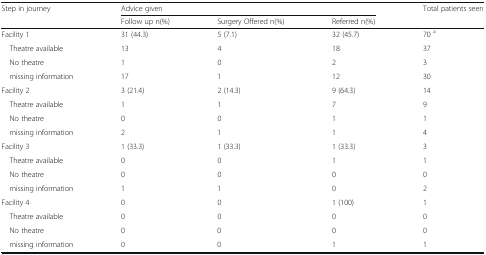
<table><thead><tr><td rowspan="2"><b>Step in journey</b></td><td colspan="3"><b>Advice given</b></td><td><b>Total patients seen</b></td></tr><tr><td><b>Follow up n(%)</b></td><td><b>Surgery Offered n(%)</b></td><td><b>Referred n(%)</b></td><td></td></tr></thead><tbody><tr><td>Facility 1</td><td>31 (44.3)</td><td>5 (7.1)</td><td>32 (45.7)</td><td>70 <sup>a</sup></td></tr><tr><td> Theatre available</td><td>13</td><td>4</td><td>18</td><td>37</td></tr><tr><td> No theatre</td><td>1</td><td>0</td><td>2</td><td>3</td></tr><tr><td> missing information</td><td>17</td><td>1</td><td>12</td><td>30</td></tr><tr><td>Facility 2</td><td>3 (21.4)</td><td>2 (14.3)</td><td>9 (64.3)</td><td>14</td></tr><tr><td> Theatre available</td><td>1</td><td>1</td><td>7</td><td>9</td></tr><tr><td> No theatre</td><td>0</td><td>0</td><td>1</td><td>1</td></tr><tr><td> missing information</td><td>2</td><td>1</td><td>1</td><td>4</td></tr><tr><td>Facility 3</td><td>1 (33.3)</td><td>1 (33.3)</td><td>1 (33.3)</td><td>3</td></tr><tr><td> Theatre available</td><td>0</td><td>0</td><td>1</td><td>1</td></tr><tr><td> No theatre</td><td>0</td><td>0</td><td>0</td><td>0</td></tr><tr><td> missing information</td><td>1</td><td>1</td><td>0</td><td>2</td></tr><tr><td>Facility 4</td><td>0</td><td>0</td><td>1 (100)</td><td>1</td></tr><tr><td> Theatre available</td><td>0</td><td>0</td><td>0</td><td>0</td></tr><tr><td> No theatre</td><td>0</td><td>0</td><td>0</td><td>0</td></tr><tr><td> missing information</td><td>0</td><td>0</td><td>1</td><td>1</td></tr></tbody></table>